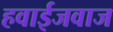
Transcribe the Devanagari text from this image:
हवाईजवाज